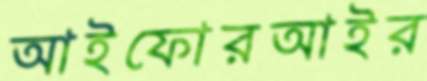
আইফোরআইর